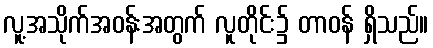
လူ့အသိုက်အဝန်းအတွက် လူတိုင်း၌ တာဝန် ရှိသည်။